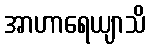
အာဟာရေယျာသိ